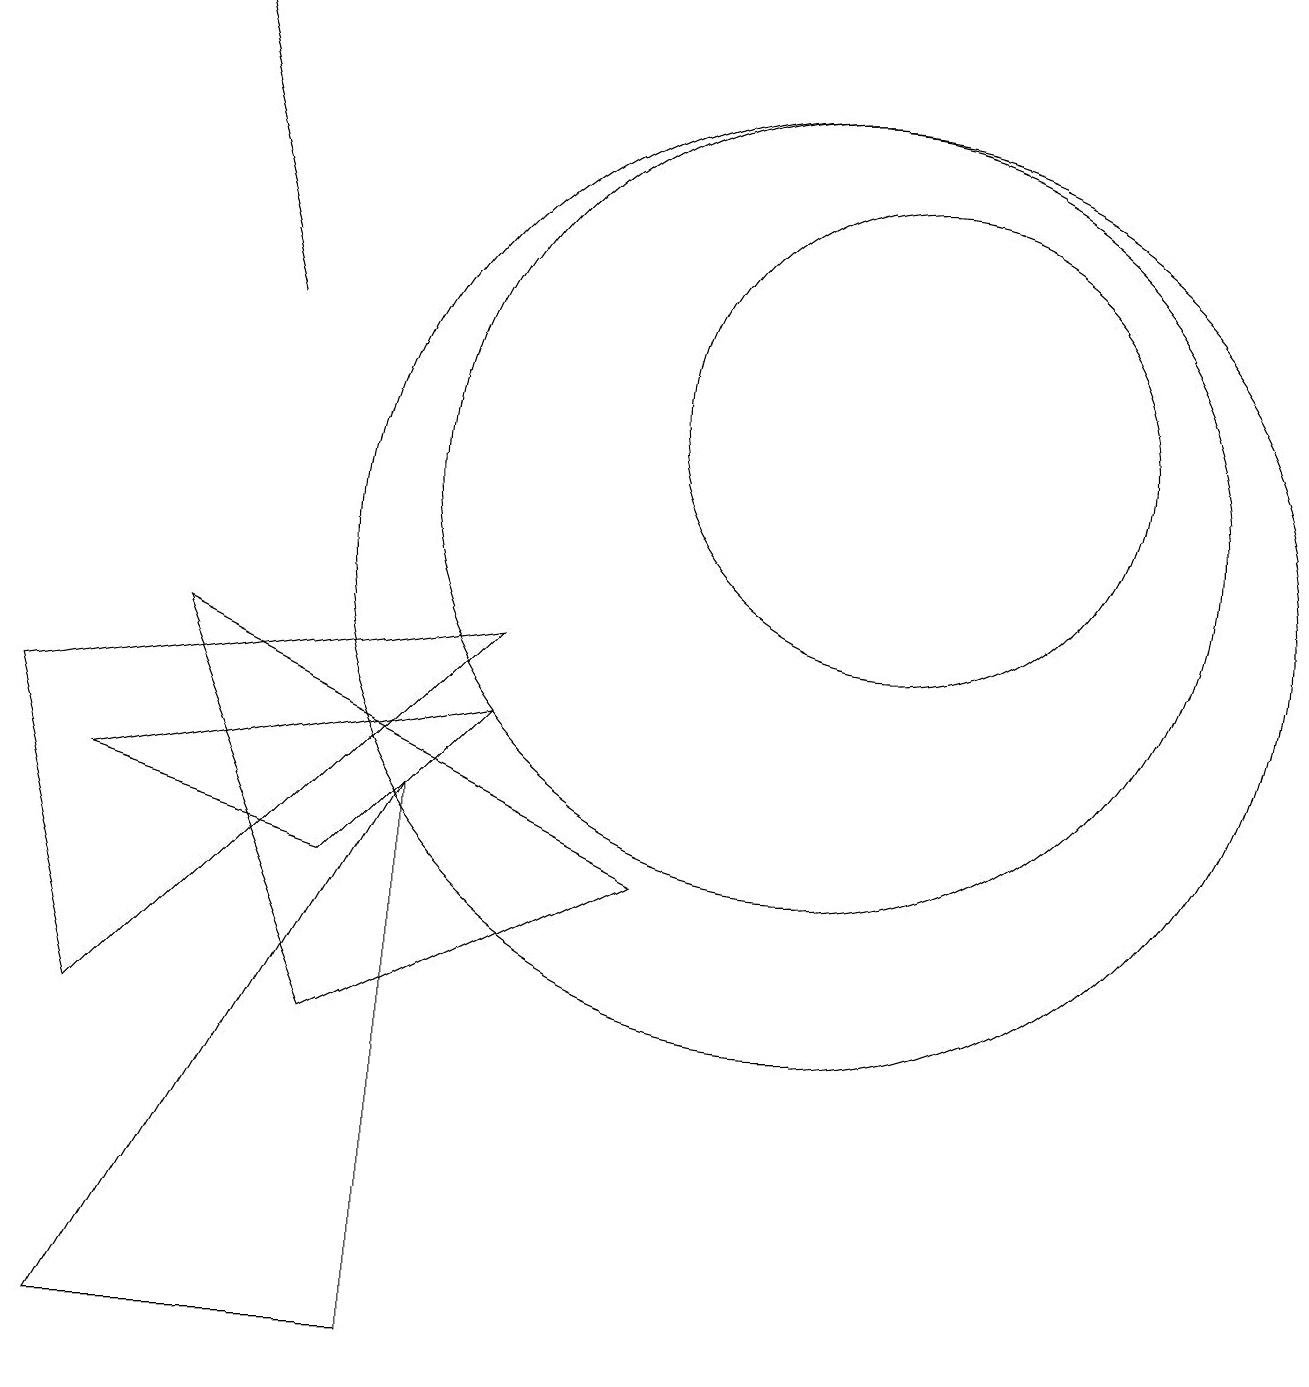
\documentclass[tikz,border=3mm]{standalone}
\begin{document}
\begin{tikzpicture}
\draw (11,11) circle (5);
\draw[->] (4,13) -- (3,17);
\draw (11,10) circle (6);
\draw (2,7) -- (7,8) -- (5,6) -- cycle;
\draw (6,7) -- (2,0) -- (6,0) -- cycle;
\draw (12,12) circle (3);
\draw (9,6) -- (3,9) -- (5,4) -- cycle;
\draw (2,4) -- (7,9) -- (1,8) -- cycle;
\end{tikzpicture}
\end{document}